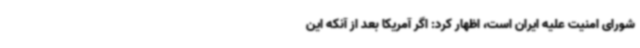
شورای امنیت علیه ایران است، اظهار کرد: اگر آمریکا بعد از آنکه این